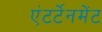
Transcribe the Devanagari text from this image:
एंटर्टेनमेंट